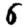
Digit: 6